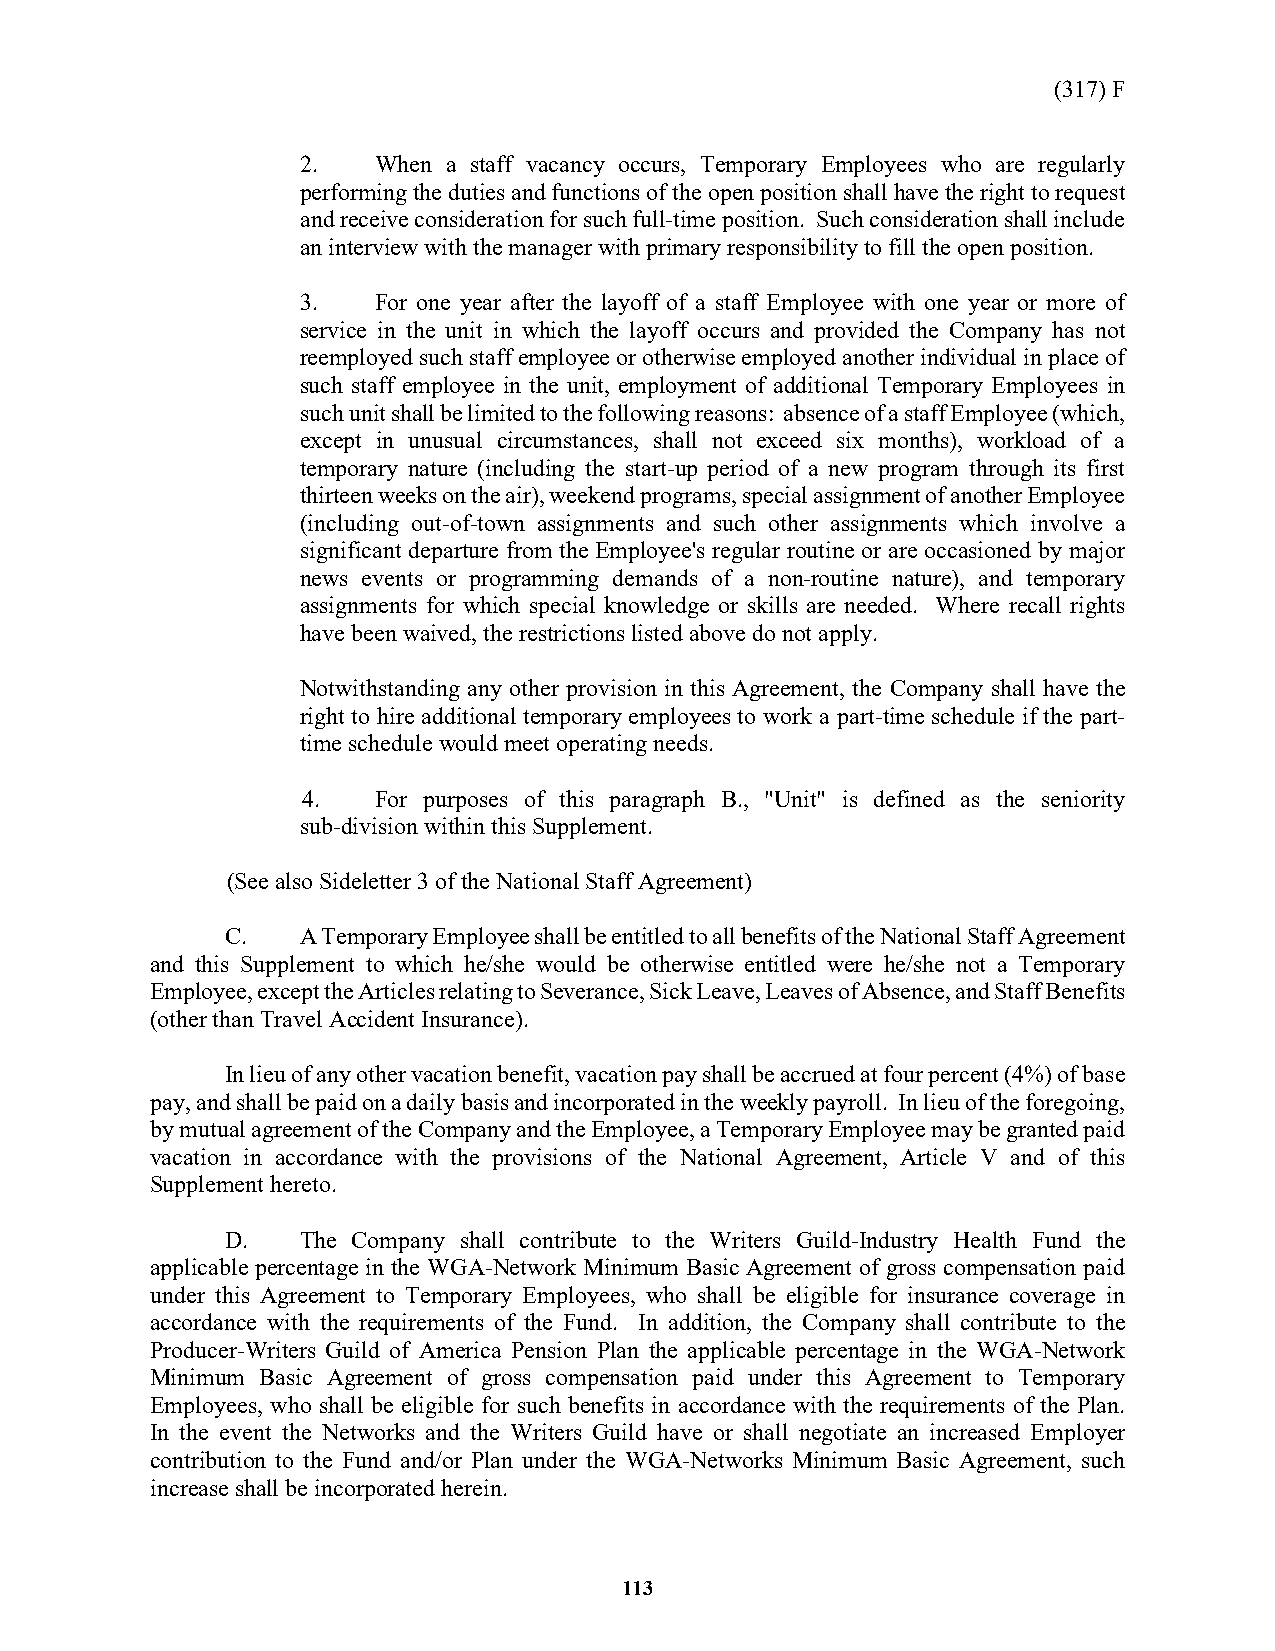
(317) F
 2.   When a staff vacancy occurs, Temporary Employees who are regularly
 performing the duties and functions of the open position shall have the right to request
 and receive consideration for such full-time position. Such consideration shall include
 an interview with the manager with primary responsibility to fill the open position.
 3.   For one year after the layoff of a staff Employee with one year or more of
 service in the unit in which the layoff occurs and provided the Company has not
 reemployed such staff employee or otherwise employed another individual in place of
 such staff employee in the unit, employment of additional Temporary Employees in
 such unit shall be limited to the following reasons: absence of a staff Employee (which,
 except in unusual circumstances, shall not exceed six months), workload of a
 temporary nature (including the start-up period of a new program through its first
 thirteen weeks on the air), weekend programs, special assignment of another Employee
 (including out-of-town assignments and such other assignments which involve a
 significant departure from the Employee's regular routine or are occasioned by major
 news events or programming demands of a non-routine nature), and temporary
 assignments for which special knowledge or skills are needed. Where recall rights
 have been waived, the restrictions listed above do not apply.
 Notwithstanding any other provision in this Agreement, the Company shall have the
 right to hire additional temporary employees to work a part-time schedule if the part-
 time schedule would meet operating needs.
 4.   For purposes of this paragraph B., "Unit" is defined as the seniority
 sub-division within this Supplement.
 (See also Sideletter 3 of the National Staff Agreement)
 C.   A Temporary Employee shall be entitled to all benefits of the National Staff Agreement
 and this Supplement to which he/she would be otherwise entitled were he/she not a Temporary
 Employee, except the Articles relating to Severance, Sick Leave, Leaves of Absence, and Staff Benefits
 (other than Travel Accident Insurance).
 In lieu of any other vacation benefit, vacation pay shall be accrued at four percent (4%) of base
 pay, and shall be paid on a daily basis and incorporated in the weekly payroll. In lieu of the foregoing,
 by mutual agreement of the Company and the Employee, a Temporary Employee may be granted paid
 vacation in accordance with the provisions of the National Agreement, Article V and of this
 Supplement hereto.
 D.   The Company shall contribute to the Writers Guild-Industry Health Fund the
 applicable percentage in the WGA-Network Minimum Basic Agreement of gross compensation paid
 under this Agreement to Temporary Employees, who shall be eligible for insurance coverage in
 accordance with the requirements of the Fund. In addition, the Company shall contribute to the
 Producer-Writers Guild of America Pension Plan the applicable percentage in the WGA-Network
 Minimum Basic Agreement of gross compensation paid under this Agreement to Temporary
 Employees, who shall be eligible for such benefits in accordance with the requirements of the Plan.
 In the event the Networks and the Writers Guild have or shall negotiate an increased Employer
 contribution to the Fund and/or Plan under the WGA-Networks Minimum Basic Agreement, such
 increase shall be incorporated herein.
 113